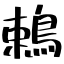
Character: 鵣